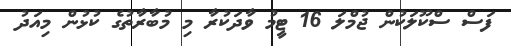
ފަސް ސްކޫލަކުން ޖުމްލަ 16 ޓީމު ވާދަކުރާ މި މުބާރާތުގެ ކުޅުން މިއަދު